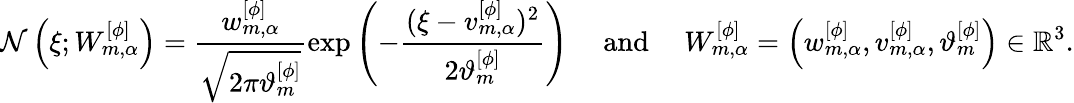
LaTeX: \mathcal{N}\left(\xi;W_{m,\alpha}^{[\phi]}\right)=\frac{w_{m,\alpha}^{[\phi]}}{\sqrt{2\pi\vartheta_{m}^{[\phi]}}}\exp\left(-\frac{(\xi-v_{m,\alpha}^{[\phi]})^{2}}{2\vartheta_{m}^{[\phi]}}\right)\quad\mathrm{~and~}\quad W_{m,\alpha}^{[\phi]}=\left(w_{m,\alpha}^{[\phi]},v_{m,\alpha}^{[\phi]},\vartheta_{m}^{[\phi]}\right)\in\mathbb{R}^{3}.